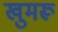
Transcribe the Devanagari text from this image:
खुमरू